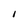
Character: I